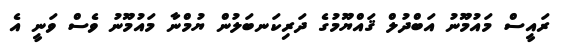
ރައީސް މައުމޫނު އަބްދުލް ޤައްޔޫމުގެ ދަރިކަނބަލުން ޔުމްނާ މައުމޫނު ވެސް ވަނީ އެ